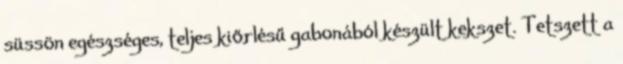
süssön egészséges, teljes kiőrlésű gabonából készült kekszet. Tetszett a